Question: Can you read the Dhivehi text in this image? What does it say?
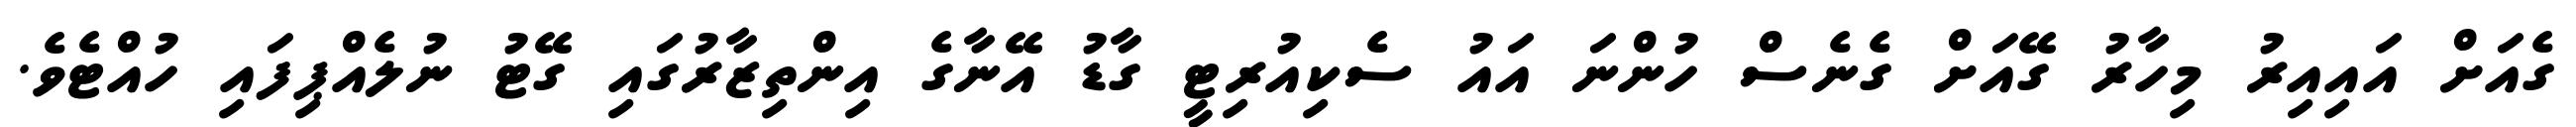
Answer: ގެއަށް އައިއިރު މިހާރު ގޭއަށް ގެނެސް ހުންނަ އައު ސެކިއުރިޓީ ގާޑު އޭނާގެ އިންތިޒާރުގައި ގޭޓު ނުލެއްޕިފައި ހުއްޓެވެ.